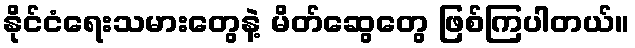
နိုင်ငံရေးသမားတွေနဲ့ မိတ်ဆွေတွေ ဖြစ်ကြပါတယ်။